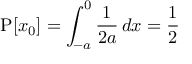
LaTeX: \operatorname { P } [ x _ { 0 } ] = \int _ { - a } ^ { 0 } { \frac { 1 } { 2 a } } \, d x = { \frac { 1 } { 2 } }